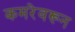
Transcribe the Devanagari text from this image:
कमरेवरून